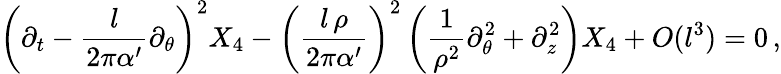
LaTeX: \left(\partial_{t}-{\frac{l}{2\pi\alpha^{\prime}}}\partial_{\theta}\right)^{2}X_{4}-\left({\frac{l\, \rho}{2\pi\alpha^{\prime}}}\right)^{2}\left({\frac{1}{\rho^{2}}}\partial_{\theta}^{2}+\partial_{z}^{2}\right)X_{4}+O(l^{3})=0\, ,